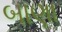
બાણા